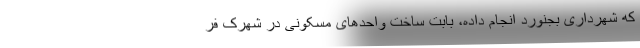
که شهرداری بجنورد انجام داده، بابت ساخت واحدهای مسکونی در شهرک فر